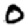
Digit: 0